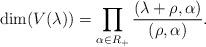
LaTeX: \begin{align*}\dim(V(\lambda))=\prod_{\alpha\in R_{+}}\frac{(\lambda+\rho,\alpha)}{(\rho,\alpha)}.\end{align*}